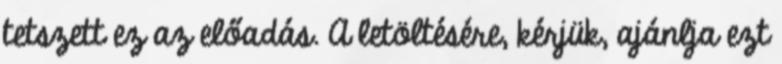
tetszett ez az előadás. A letöltésére, kérjük, ajánlja ezt